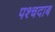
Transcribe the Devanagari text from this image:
पश्चदाब